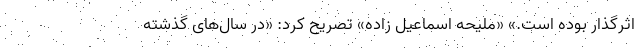
اثرگذار بوده است.» «ملیحه اسماعیل زاده» تصریح کرد: «در سال‌های گذشته